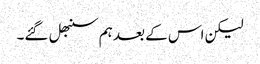
لیکن اس کے بعد ہم سنبھل گئے۔